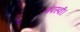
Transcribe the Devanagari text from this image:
तपस्वी।